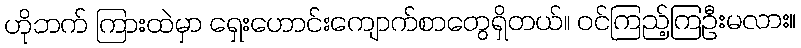
ဟိုဘက် ကြားထဲမှာ ရှေးဟောင်းကျောက်စာတွေရှိတယ်။ ဝင်ကြည့်ကြဦးမလား။